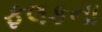
ફલકના